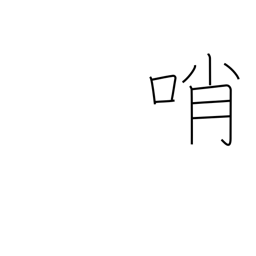
Meaning: sentinel